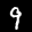
Label: 9